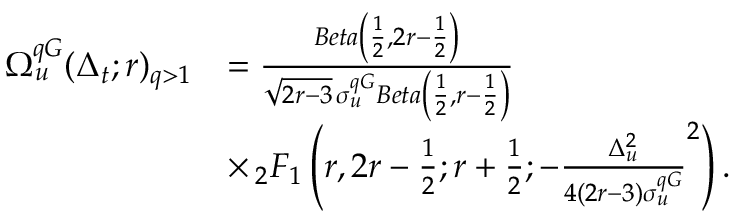
\begin{array} { r l } { \Omega _ { u } ^ { q G } ( \Delta _ { t } ; r ) _ { q > 1 } } & { = \frac { B e t a \left( \frac { 1 } { 2 } , 2 r - \frac { 1 } { 2 } \right) } { \sqrt { 2 r - 3 } \, \sigma _ { u } ^ { q G } B e t a \left( \frac { 1 } { 2 } , r - \frac { 1 } { 2 } \right) } } \\ & { \times \, _ { 2 } F _ { 1 } \left( r , 2 r - \frac { 1 } { 2 } ; r + \frac { 1 } { 2 } ; - \frac { \Delta _ { u } ^ { 2 } } { 4 ( 2 r - 3 ) { \sigma _ { u } ^ { q G } } } ^ { 2 } \right) . } \end{array}